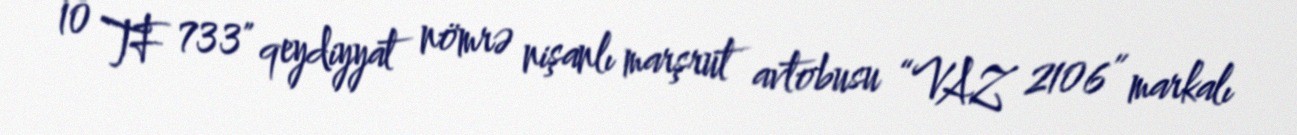
10 TF 733" qeydiyyat nömrə nişanlı marşrut avtobusu “VAZ 2106” markalı